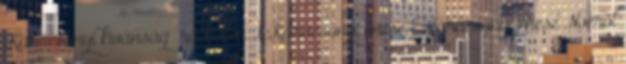
Karácsonyi kívánság rockisten 1 Karácsonyi mese 1 Karácsonyi mese Noéról